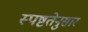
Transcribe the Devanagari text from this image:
स्पष्टतेनुसार